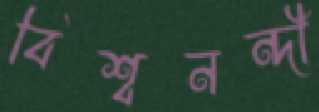
বিশ্বনন্দী